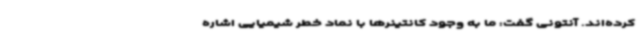
کرده‌اند. آنتونی گفت: ما به وجود کانتینرها با نماد خطر شیمیایی اشاره